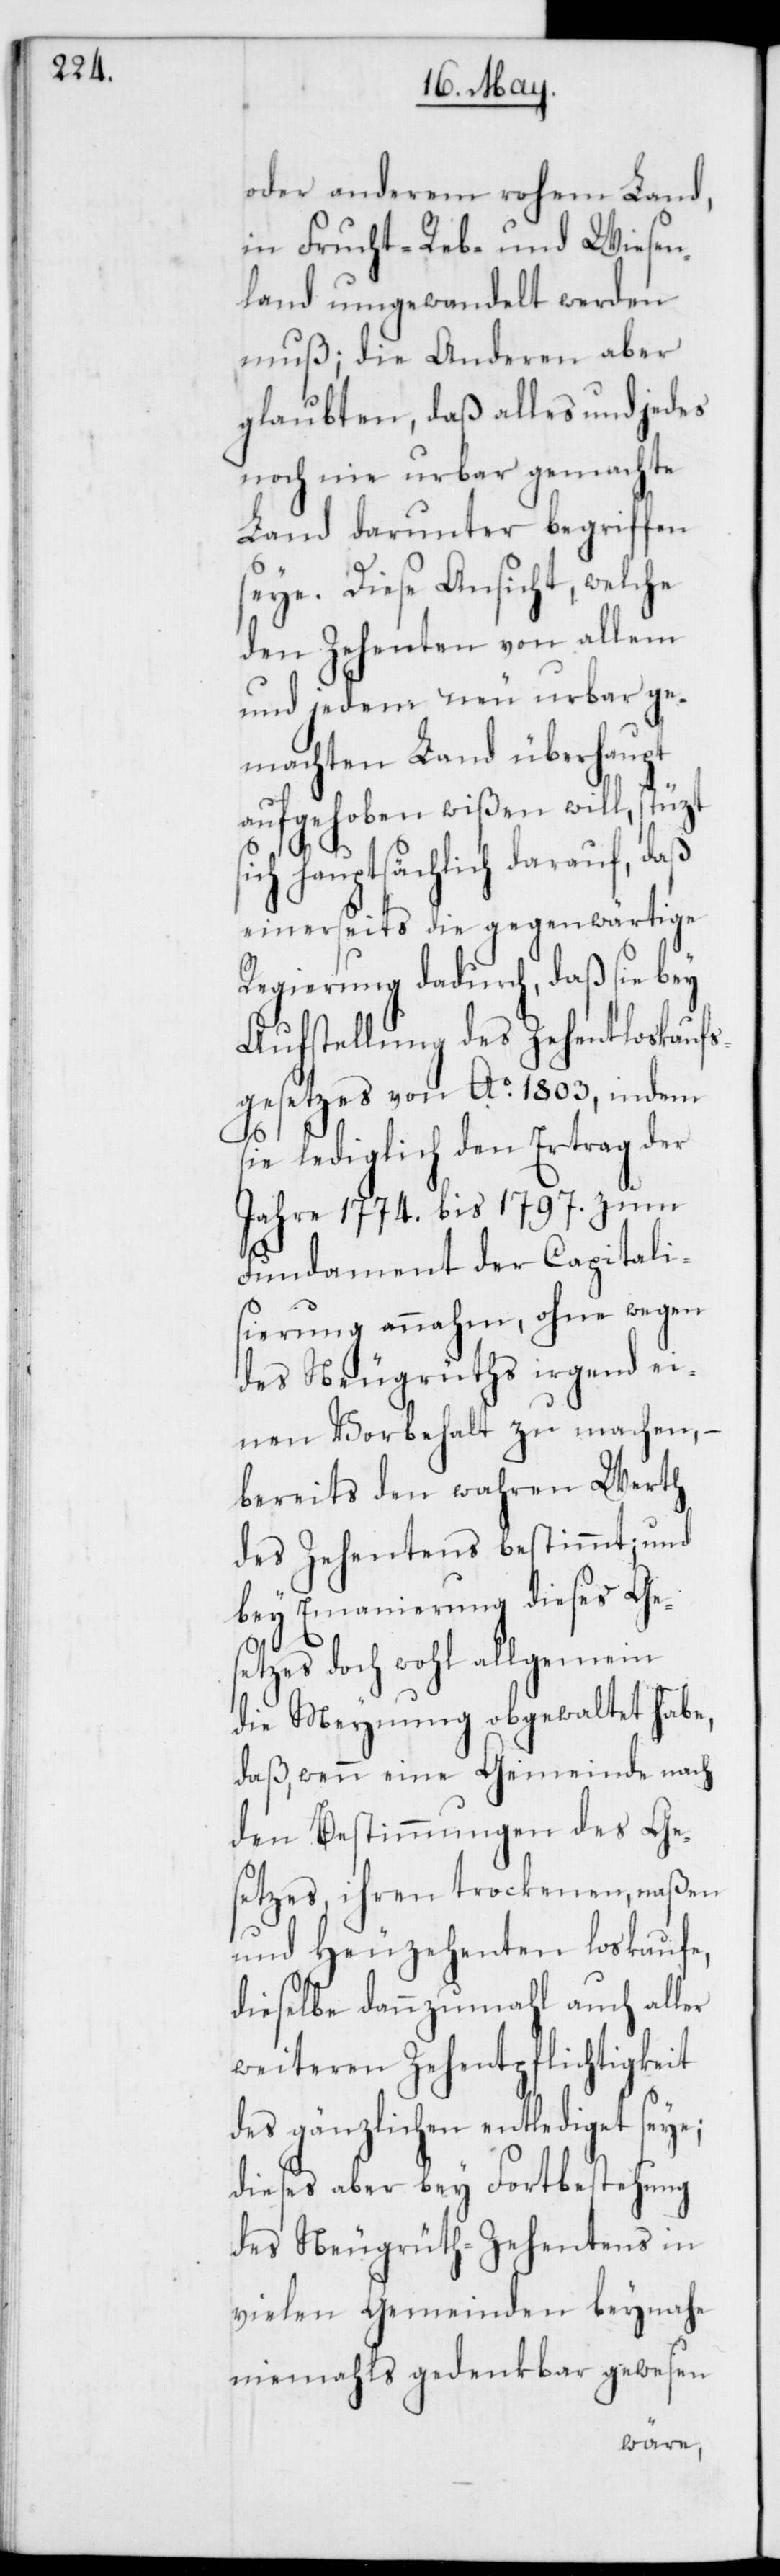
oder anderem rohem Land,
in Frucht-[,] Reb- und Wiesen¬
land umgewandelt werden
muß; die Anderen aber
glaubten, daß alles und jedes
noch nie urbar gemachte
Land darunter begriffen
seye. Diese Ansicht, welche
den Zehenten von allem
und jedem neu urbar ge¬
machten Land überhaupt
aufgehoben wißen will, stützt
hauptsächlich darauf, daß
einerseits die gegenwärtige
Regierung dadurch, daß sie bey
Aufstellung des Zehentloskaufs¬
gesetzes von Ao 1803, indem
sie lediglich den Ertrag der
Jahre 1774. bis 1797. zum
Fundament der Capitali¬
sierung annahm, ohne wegen
des Neugrüths irgend ei¬
nen Vorbehalt zu machen, –
bereits den wahren Werth
des Zehentens bestimmt; und
bey Emanierung dieses Ges¬
etzes doch wohl allgemein
die Meynung obgewaltet habe,
daß, wenn eine Gemeinde nach
den Bestimmungen des Ge¬
setzes, ihren trockenen, naßen
und Heuzehenten loskaufe,
dieselbe dannzumahl auch aller
weiteren Zehentpflichtigkeit
des gänzlichen entlediget seye;
dieses aber bey Fortbestehung
des Neugrüth-Zehentens in
vielen Gemeinden beynahe
niemahls gedenkbar gewesen